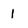
Character: 1